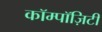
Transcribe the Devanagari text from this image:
कॉम्पॉज़िटी